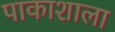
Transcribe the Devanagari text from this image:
पाकाशाला